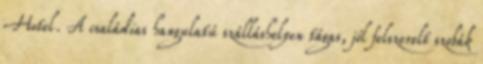
Hotel. A családias hangulatú szálláshelyen tágas, jól felszerelt szobák